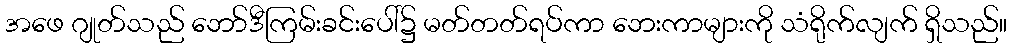
အဖေ ဂျုတ်သည် ဘော်ဒီကြမ်းခင်းပေါ်၌ မတ်တတ်ရပ်ကာ ဘေးကာများကို သံရိုက်လျက် ရှိသည်။